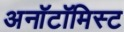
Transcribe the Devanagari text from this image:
अनॉटॉमिस्ट